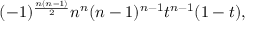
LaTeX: ( - 1 ) ^ { \frac { n ( n - 1 ) } { 2 } } n ^ { n } ( n - 1 ) ^ { n - 1 } t ^ { n - 1 } ( 1 - t ) ,